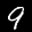
Label: 9